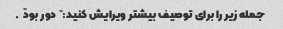
جمله زیر را برای توصیف بیشتر ویرایش کنید: "دور بود".